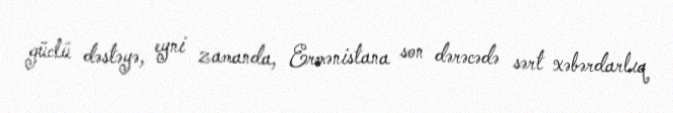
güclü dəstəyə, eyni zamanda, Ermənistana son dərəcədə sərt xəbərdarlıq